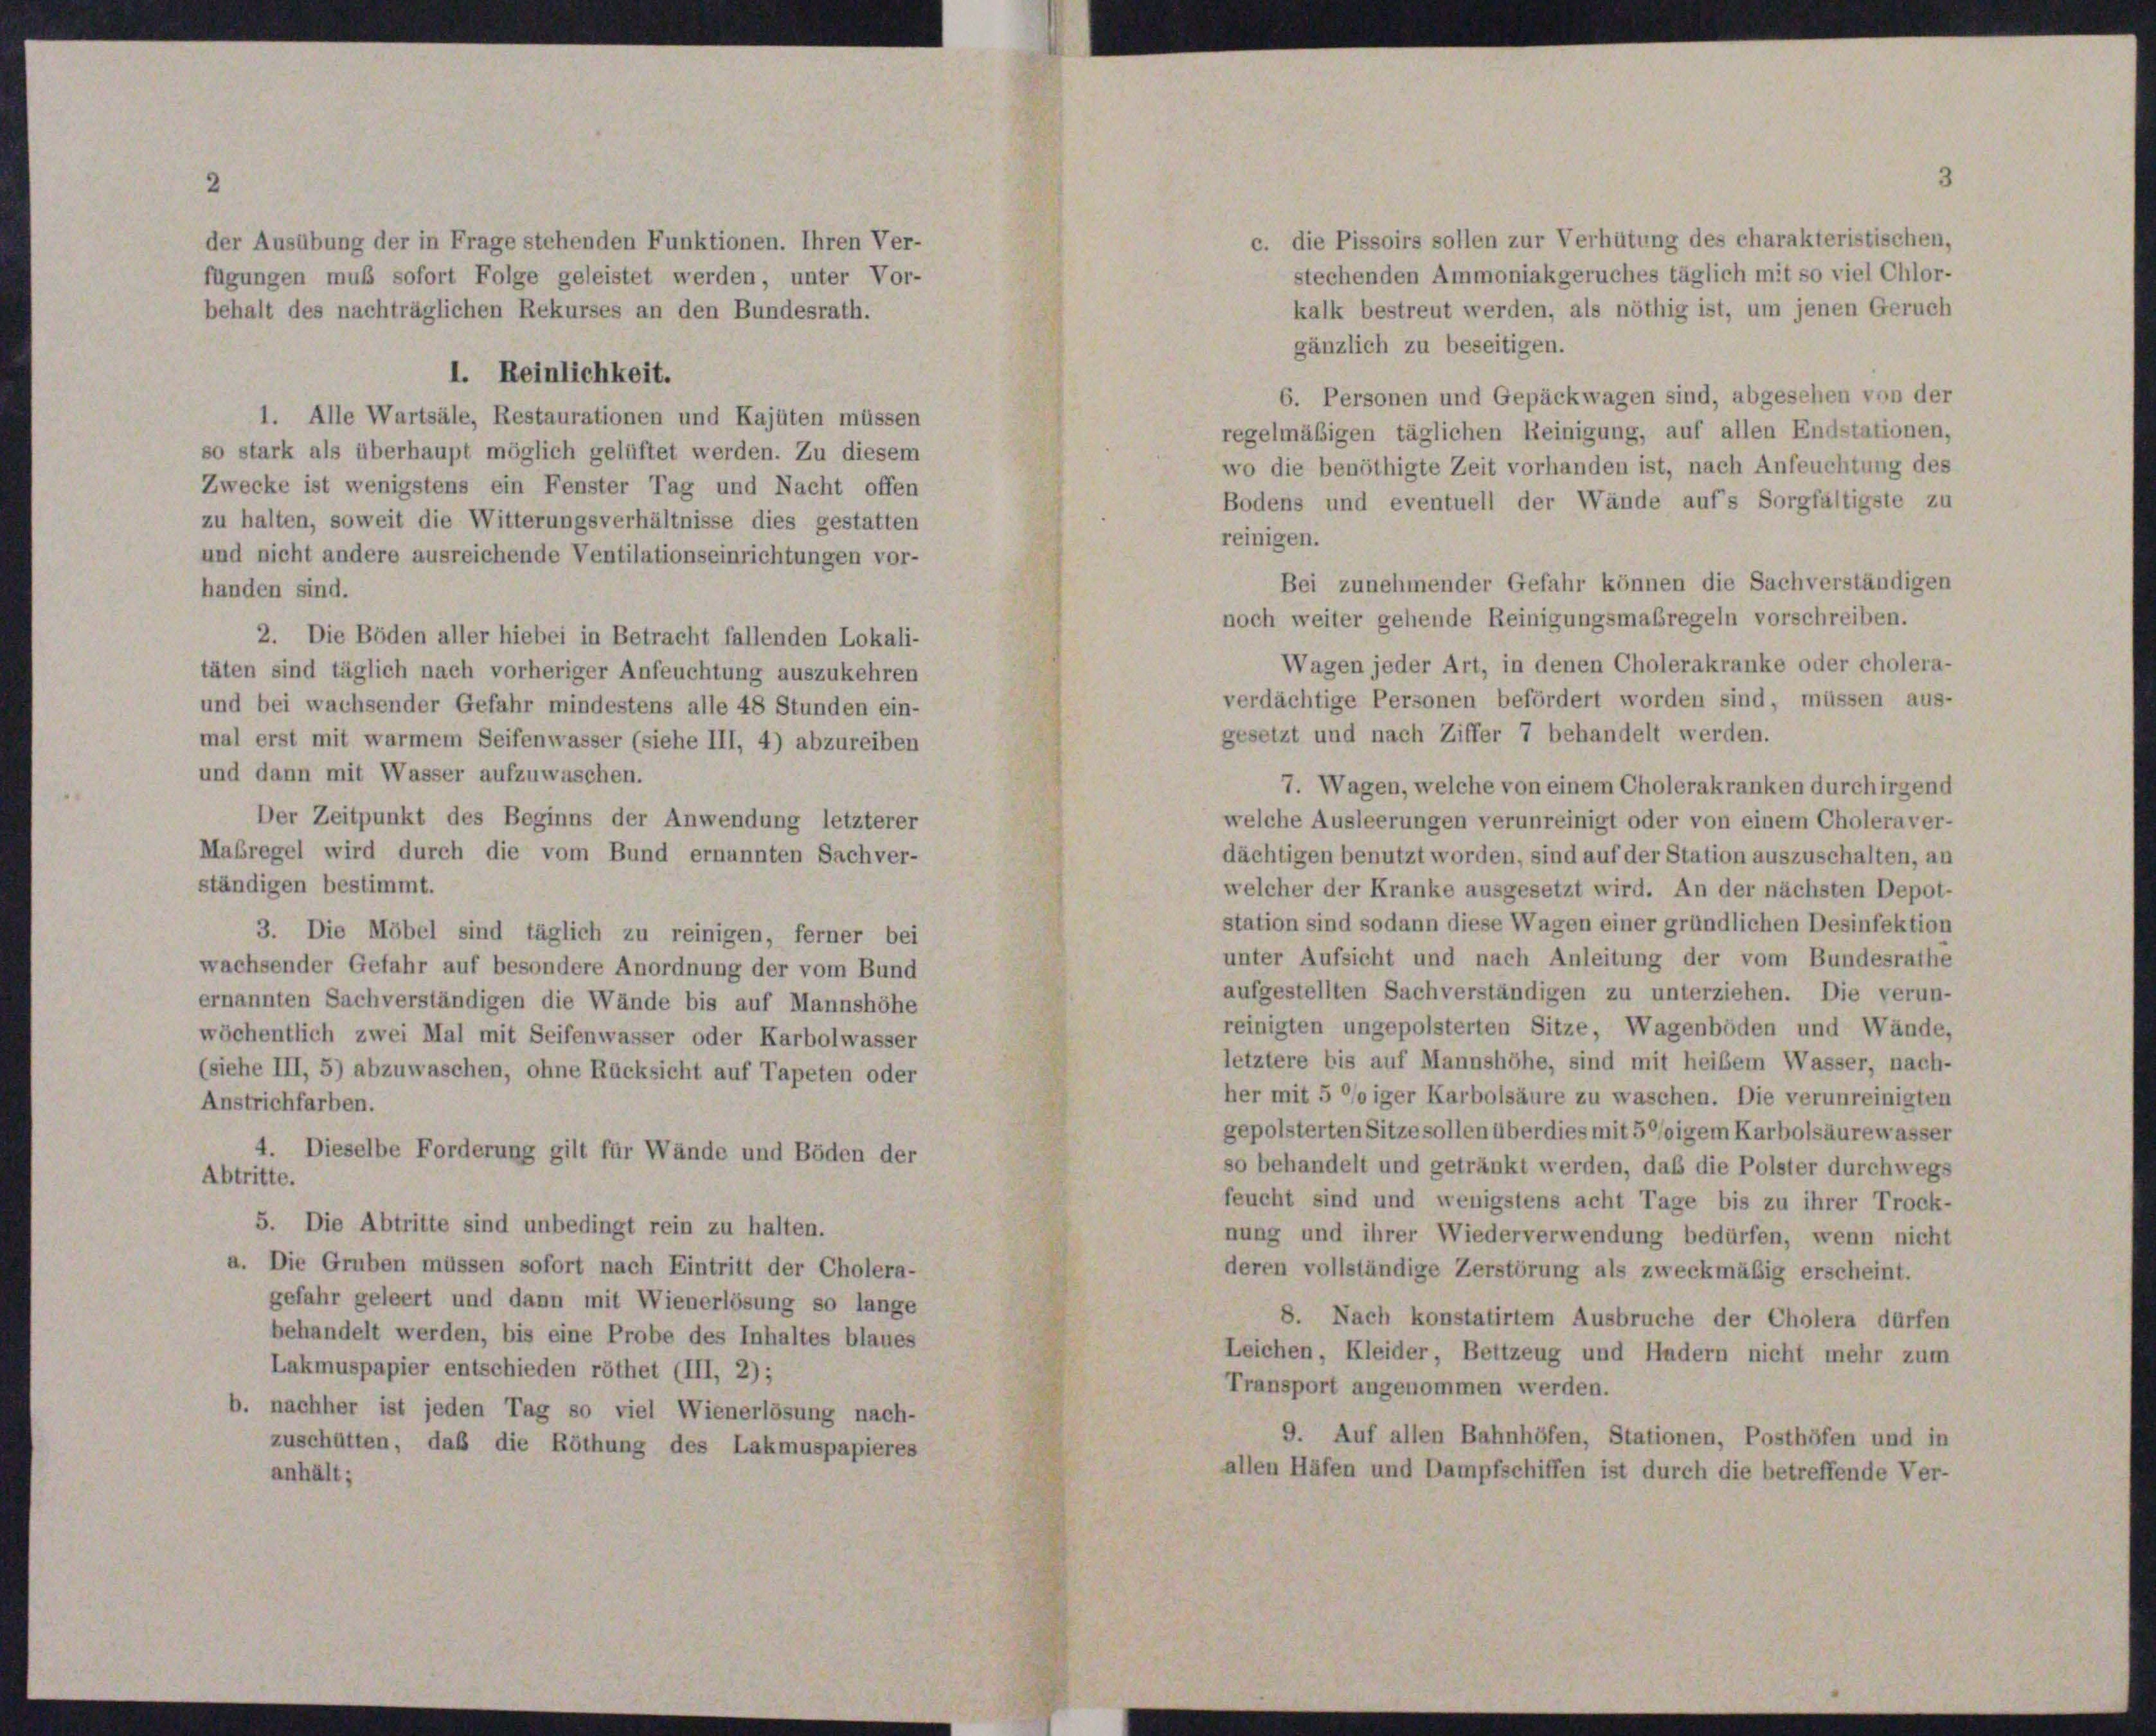
der Ausübung der in Frage stehenden Funktionen. Ihren Ver-
fügungen muß sofort Folge geleistet werden, unter Vor-
behalt des nachträglichen Rekurses an den Bundesrath.
I. Reinlichkeit.
1. Alle Wartsäle, Restaurationen und Kajüten müssen
so stark als überhaupt möglich gelüftet werden. Zu diesem
Zwecke ist wenigstens ein Fenster Tag und Nacht offen
zu halten, soweit die Witterungsverhältnisse dies gestatten
und nicht andere ausreichende Ventilationseinrichtungen vor-
handen sind.
2. Die Böden aller hiebei in Betracht fallenden Lokali-
täten sind täglich nach vorheriger Anfeuchtung auszukehren
und bei wachsender Gefahr mindestens alle 48 Stunden ein-
mal erst mit warmem Seifenwasser (siehe III, 4) abzureiben
und dann mit Wasser aufzuwaschen.
Der Zeitpunkt des Beginns der Anwendung letzterer
Maßregel wird durch die vom Bund ernannten Sachver-
ständigen bestimmt.
3. Die Möbel sind täglich zu reinigen, ferner bei
wachsender Gefahr auf besondere Anordnung der vom Bund
ernannten Sachverständigen die Wände bis auf Mannshöhe
wöchentlich zwei Mal mit Seifenwasser oder Karbolwasser
(siehe III, 5) abzuwaschen, ohne Rücksicht auf Tapeten oder
Anstrichfarben.
4. Dieselbe Forderung gilt für Wände und Böden der
Abtritte.
5. Die Abtritte sind unbedingt rein zu halten.
a. Die Gruben müssen sofort nach Eintritt der Cholera-
gefahr geleert und dann mit Wienerlösung so lange
behandelt werden, bis eine Probe des Inhaltes blaues
Lakmuspapier entschieden röthet (III, 2);
b. nachher ist jeden Tag so viel Wienerlösung nach-
zuschütten, daß die Röthung des Lakmuspapieres
anhält;

kalk bestreut werden, als nöthig ist, um jenen Geruch
gänzlich zu beseitigen.
6. Personen und Gepäckwagen sind, abgesehen von der
regelmäßigen täglichen Reinigung, auf allen Endstationen,
wo die benöthigte Zeit vorhanden ist, nach Anfeuchtung des
Bodens und eventuell der Wände aufs Sorgfältigste zu
reinigen.
Bei zunehmender Gefahr können die Sachverständigen
noch weiter gehende Reinigungsmaßregeln vorschreiben.
Wagen jeder Art, in denen Cholerakranke oder cholera-
verdächtige Personen befördert worden sind, müssen aus-
gesetzt und nach Ziffer 7 behandelt werden.
7. Wagen, welche von einem Cholerakranken durch irgend
welche Ausleerungen verunreinigt oder von einem Choleraver-
dächtigen benutzt worden, sind auf der Station auszuschalten, an
welcher der Kranke ausgesetzt wird. An der nächsten Depot-
station sind sodann diese Wagen einer gründlichen Desinfektion
unter Aufsicht und nach Anleitung der vom Bundesrathe
aufgestellten Sachverständigen zu unterziehen. Die verun-
reinigten ungepolsterten Sitze, Wagenböden und Wände,
letztere bis auf Mannshöhe, sind mit heißem Wasser, nach-
her mit 5 °/oiger Karbolsäure zu waschen. Die verunreinigten
gepolsterten Sitze sollen überdies mit 5°/oigem Karbolsäurewasser
so behandelt und getränkt werden, daß die Polster durchwegs
feucht sind und wenigstens acht Tage bis zu ihrer Trock-
nung und ihrer Wiederverwendung bedürfen, wenn nicht
deren vollständige Zerstörung als zweckmäßig erscheint.
8. Nach konstatirtem Ausbruche der Cholera dürfen
Leichen, Kleider, Bettzeug und Hadern nicht mehr zum
Transport angenommen werden.
9. Auf allen Bahnhöfen, Stationen, Posthöfen und in
allen Häfen und Dampfschiffen ist durch die betreffende Ver-

c. die Pissoirs sollen zur Verhütung des charakteristischen,
stechenden Ammoniakgeruches täglich mit so viel Chlor-